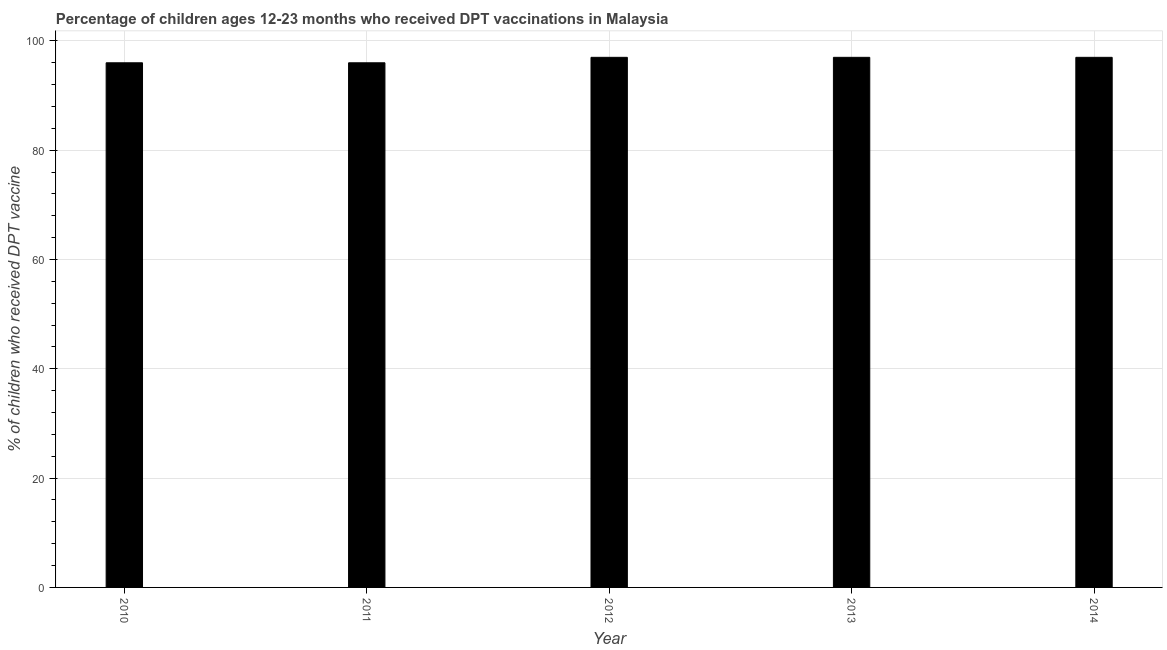
| Year | Immunization |
 | --- | --- |
 | 2010 | 96 |
 | 2011 | 96 |
 | 2012 | 97 |
 | 2013 | 97 |
 | 2014 | 97 |